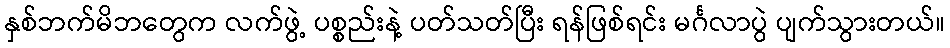
နှစ်ဘက်မိဘတွေက လက်ဖွဲ့ ပစ္စည်းနဲ့ ပတ်သတ်ပြီး ရန်ဖြစ်ရင်း မင်္ဂလာပွဲ ပျက်သွားတယ်။